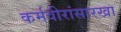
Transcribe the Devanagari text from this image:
कर्मवीरांसारखा